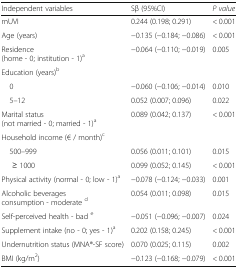
<table><thead><tr><td><b>Independent variables</b></td><td><b>Sβ (95%CI)</b></td><td><b><i>P value</i></b></td></tr></thead><tbody><tr><td>mUVI</td><td>0.244 (0.198; 0.291)</td><td>&lt; 0.001</td></tr><tr><td>Age (years)</td><td>−0.135 (−0.184; −0.086)</td><td>&lt; 0.001</td></tr><tr><td>Residence (home - 0; institution - 1)<sup>a</sup></td><td>−0.064 (−0.110; −0.019)</td><td>0.005</td></tr><tr><td colspan="3">Education (years)<sup>b</sup></td></tr><tr><td> 0</td><td>−0.060 (−0.106; −0.014)</td><td>0.010</td></tr><tr><td> 5–12</td><td>0.052 (0.007; 0.096)</td><td>0.022</td></tr><tr><td>Marital status (not married - 0; married - 1)<sup>a</sup></td><td>0.089 (0.042; 0.137)</td><td>&lt; 0.001</td></tr><tr><td colspan="3">Household income (€ / month)<sup>c</sup></td></tr><tr><td> 500–999</td><td>0.056 (0.011; 0.101)</td><td>0.015</td></tr><tr><td>≥ 1000</td><td>0.099 (0.052; 0.145)</td><td>&lt; 0.001</td></tr><tr><td>Physical activity (normal - 0; low - 1)<sup>a</sup></td><td>−0.078 (−0.124; −0.033)</td><td>0.001</td></tr><tr><td>Alcoholic beverages consumption - moderate <sup>d</sup></td><td>0.054 (0.011; 0.098)</td><td>0.015</td></tr><tr><td>Self-perceived health - bad <sup>e</sup></td><td>−0.051 (−0.096; −0.007)</td><td>0.024</td></tr><tr><td>Supplement intake (no - 0; yes - 1)<sup>a</sup></td><td>0.202 (0.158; 0.245)</td><td>&lt; 0.001</td></tr><tr><td>Undernutrition status (MNA®-SF score)</td><td>0.070 (0.025; 0.115)</td><td>0.002</td></tr><tr><td>BMI (kg/m<sup>2</sup>)</td><td>−0.123 (−0.168; −0.079)</td><td>&lt; 0.001</td></tr></tbody></table>